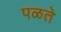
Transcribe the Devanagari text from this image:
पळते